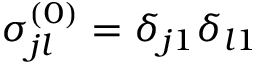
\sigma _ { j l } ^ { ( 0 ) } = \delta _ { j 1 } \delta _ { l 1 }